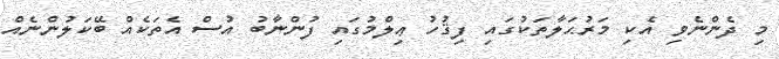
މި ދެންނެވި އެކި މަރުޙަލާތަކުގައި ފިޤުހު ޢިލްމުގައި ފުންނާބު އުސް އެތަކެއް ބޭކަލުންނެއް